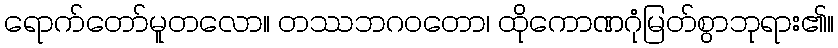
ရောက်တော်မူတလော။ တဿဘဂဝတော၊ ထိုကောဏဂုံမြတ်စွာဘုရား၏။